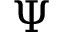
\Psi